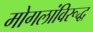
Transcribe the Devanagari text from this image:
मोगलांविरूद्ध